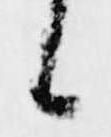
候